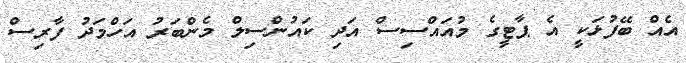
އެއް ބޭފުޅަކީ އެ ޕާޓީގެ މުއައްސިސް އަދި ކައުންސިލް މެންބަރު އަހްމަދު ފާރިސް